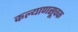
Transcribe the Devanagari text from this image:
कल्याणसूचक